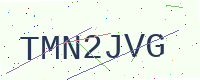
Text: TMN2JVG